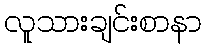
လူသားချင်းစာနာ